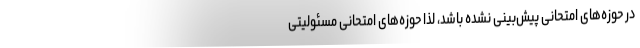
در حوزه‌های امتحانی پیش‌بینی نشده باشد، لذا حوزه‌های امتحانی مسئولیتی